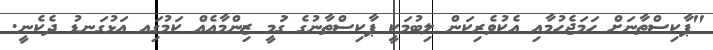
"ޕާކިސްތާނަށް ހަމަޖެހުމާއި އެކުވެރިކަން ލިބުމަކީ ޕާކިސްތާނުގެ ގަުމީ ޒިންމާއެއް ކަމުގަިއ އަޅުގަނޑު ދެކެނީ.